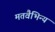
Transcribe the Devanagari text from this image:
मतवैभिन्य